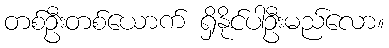
တစ်ဦးတစ်ယောက် ရှိနိုင်ပါဦးမည်လော။